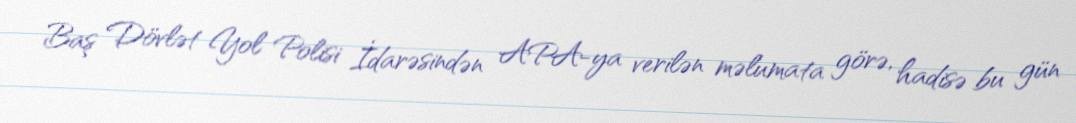
Baş Dövlət Yol Polisi İdarəsindən APA-ya verilən məlumata görə, hadisə bu gün